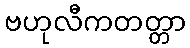
ဗဟုလီကတတ္တာ